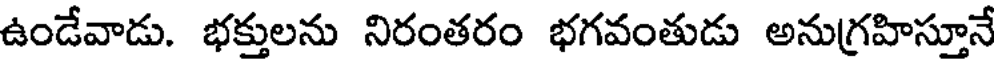
ఉండేవాడు. భక్తులను నిరంతరం భగవంతుడు అనుగ్రహిస్తూనే